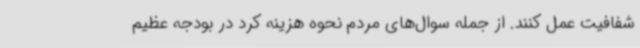
شفافیت عمل کنند. از جمله سوال‌های مردم نحوه هزینه کرد در بودجه عظیم